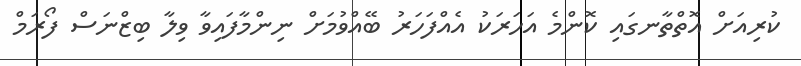
ކުރިއަށް އޮތްތާނގައި ކޮންމެ އަހަރަކު އެއްފަހަރު ބޭއްވުމަށް ނިންމާފައިވާ ވިލާ ބިޒްނަސް ފޯރަމް